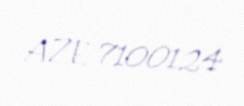
AZE 7100124